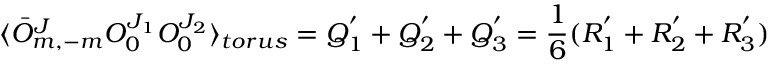
\langle \bar { O } _ { m , - m } ^ { J } O _ { 0 } ^ { J _ { 1 } } O _ { 0 } ^ { J _ { 2 } } \rangle _ { t o r u s } = Q _ { 1 } ^ { ' } + Q _ { 2 } ^ { ' } + Q _ { 3 } ^ { ' } = \frac { 1 } { 6 } ( R _ { 1 } ^ { ' } + R _ { 2 } ^ { ' } + R _ { 3 } ^ { ' } )